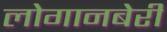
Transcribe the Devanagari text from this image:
लोगानबेरी